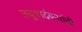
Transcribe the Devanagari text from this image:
लघुकादंबऱ्यांची